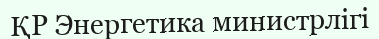
ҚР Энергетика министрлігі